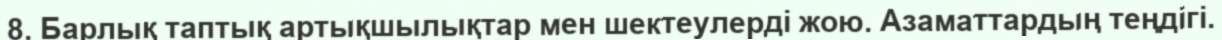
8. Барлық таптық артықшылықтар мен шектеулерді жою. Азаматтардың теңдігі.